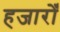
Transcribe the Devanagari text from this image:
हजारोँ